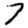
Digit: 7